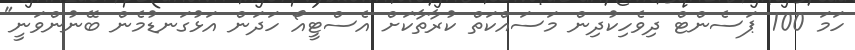
ހަމަ 100 ޕަސެންޓް ދިވެހިކުދިން މަސައްކަތް ކުރާތާކަށް އެސްޓީއޯ ހަދަން އަޅުގަނޑުމެން ބޭނުންވަނީ"